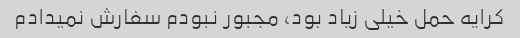
کرایه حمل خیلی زیاد بود، مجبور نبودم سفارش نمیدادم